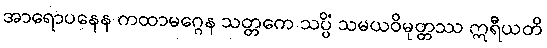
အာရောပနေန ကထာမဂ္ဂေန သတ္တကေ သပ္ပိံ သမယဝိမုတ္တဿ ဣရီယတိ